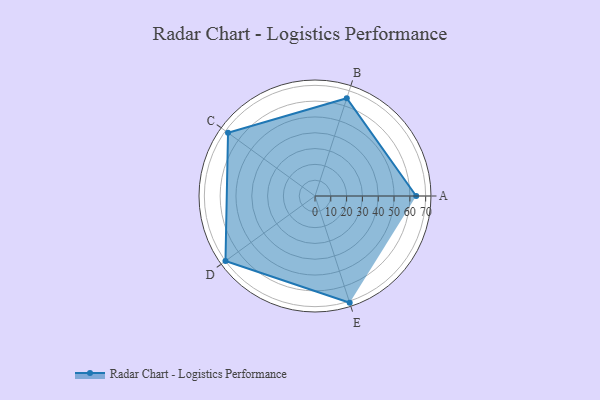
{"axis": {"x": "Skill", "y": "Score"}, "legend": ["Profile"], "data": [{"x": "A", "y": 64.0, "type": "Profile"}, {"x": "B", "y": 65.0, "type": "Profile"}, {"x": "C", "y": 68.0, "type": "Profile"}, {"x": "D", "y": 70.0, "type": "Profile"}, {"x": "E", "y": 71.0, "type": "Profile"}]}